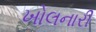
ખોલનારી